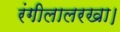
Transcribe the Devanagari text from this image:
रंगीलालरखा।